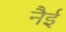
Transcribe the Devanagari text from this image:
नैई